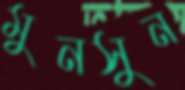
মুনসুন